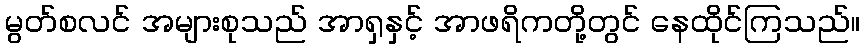
မွတ်စလင် အများစုသည် အာရှနှင့် အာဖရိကတို့တွင် နေထိုင်ကြသည်။